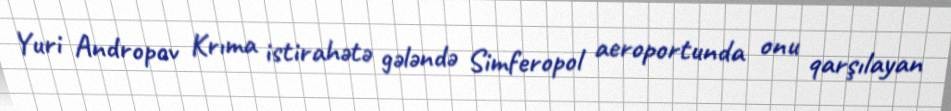
Yuri Andropov Krıma istirahətə gələndə Simferopol aeroportunda onu qarşılayan